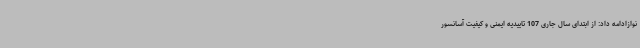
نوازادامه داد: از ابتدای سال جاری 107 تاییدیه ایمنی و کیفیت آسانسور